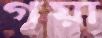
গয়া